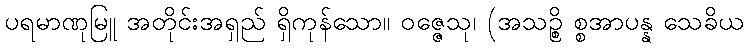
ပရမာဏုမြူ အတိုင်းအရှည် ရှိကုန်သော။ ဝဇ္ဇေသု၊ (အသဉ္စိ စ္စအာပန္န သေခိယ